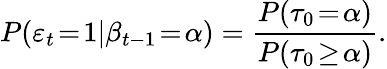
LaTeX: P(\varepsilon_{t}\! =\! 1|\beta_{t-1}\! =\! \alpha)=\frac{P(\tau_{0}\! =\! \alpha)}{P(\tau_{0}\! \geq\! \alpha)}.